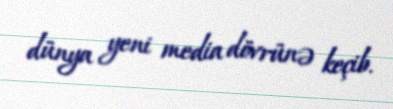
dünya yeni media dövrünə keçib.